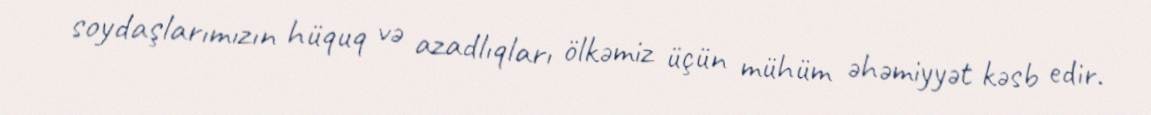
soydaşlarımızın hüquq və azadlıqları ölkəmiz üçün mühüm əhəmiyyət kəsb edir.